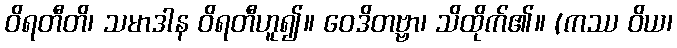
ဝိရတီတိ၊ သမာဒါန ဝိရတီဟူ၍။ ဝေဒိတဗ္ဗာ၊ သိထိုက်၏။ (ကဿ ဝိယ၊